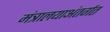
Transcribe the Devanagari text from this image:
मंत्रालयाअंतर्गत